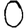
Digit: 0